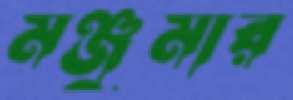
মঞ্জুমার